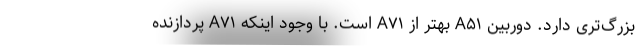
بزرگ‌تری دارد. دوربین A۵۱ بهتر از A۷۱ است. با وجود اینکه A۷۱ پردازنده